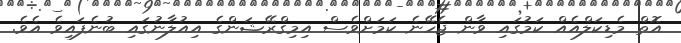
އޮތް މެޑިކަލްއެއް ކަމުގައި ވާން ޖެހޭނެ ކަމަށްވެސް އިމިގްރޭޝަންގެ އިއުލާނުގައި ބުނެފައިވެ އެވެ.